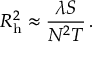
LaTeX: R _ { \mathrm { h } } ^ { 2 } \approx { \frac { \lambda S } { N ^ { 2 } T } } \, .